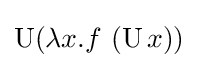
\operatorname {U} (\lambda x.f\ (\operatorname {U} x))